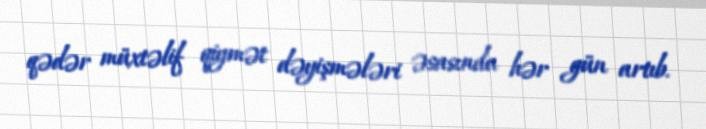
qədər müxtəlif qiymət dəyişmələri əsasında hər gün artıb.